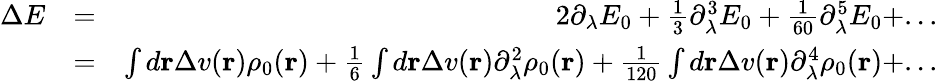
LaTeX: \begin{array}{rlr}{\Delta E}&{=}&{2\partial_{\lambda}E_{0}+\frac{1}{3}\partial_{\lambda}^{3}E_{0}+\frac{1}{60}\partial_{\lambda}^{5}E_{0}+...}\\ &{=}&{\int d{\mathbf r}\Delta v({\mathbf r})\rho_{0}({\mathbf r})+\frac{1}{6}\int d{\mathbf r}\Delta v({\mathbf r})\partial_{\lambda}^{2}\rho_{0}({\mathbf r})+\frac{1}{120}\int d{\mathbf r}\Delta v({\mathbf r})\partial_{\lambda}^{4}\rho_{0}({\mathbf r})+...}\end{array}